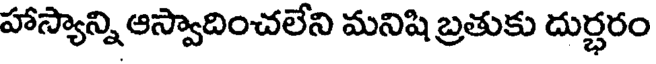
హాస్యాన్ని ఆస్వాదించలేని మనిషి బ్రతుకు దుర్ధరం